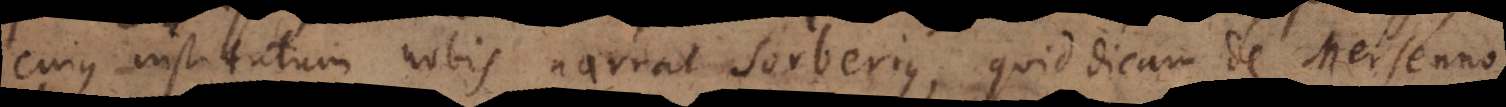
cujus institutum nobis narrat Sorberius, quid dicam de Mersenno,